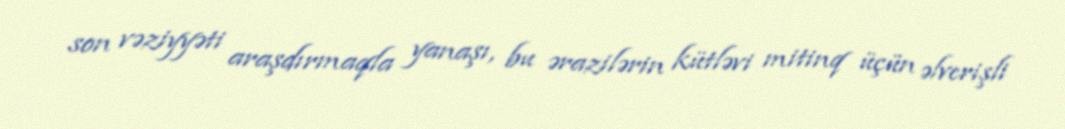
son vəziyyəti araşdırmaqla yanaşı, bu ərazilərin kütləvi mitinq üçün əlverişli